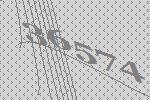
36574